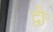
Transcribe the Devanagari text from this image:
द्वी॰